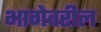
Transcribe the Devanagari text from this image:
भागेवरील